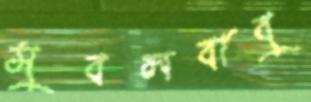
সুবলবাবু